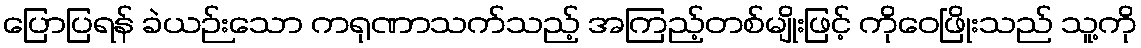
ပြောပြရန် ခဲယဉ်းသော ကရုဏာသက်သည့် အကြည့်တစ်မျိုးဖြင့် ကိုဝေဖြိုးသည် သူ့ကို